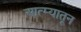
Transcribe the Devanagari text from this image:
आत्म्यातून